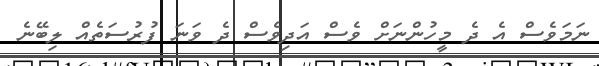
ނަމަވެސް އެ ދެ މީހުންނަށް ވެސް އަދިވެސް ދެ ވަނަ ފުރުސަތެއް ލިބޭނެ